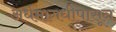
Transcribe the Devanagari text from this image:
अर्धमागधीपासून